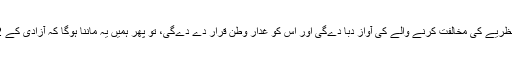
اتناہی نہیں، اس کے پاس ایک’بھیڑ تنتر’ہے، جو اس کے نظریے کی مخالفت کرنے والے کی آواز دبا دے‌گی اور اس کو غدار وطن قرار دے دے‌گی، تو پھر ہمیں یہ ماننا ہوگا کہ آزادی کے 72 سال آتے-آتے جمہوریت پر بھیڑ تنتر حاوی ہو گیا ہے۔